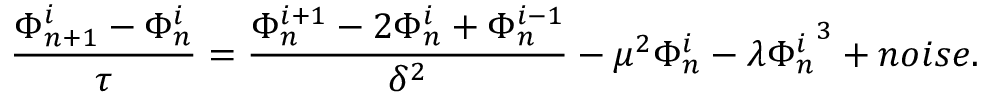
\frac { \Phi _ { n + 1 } ^ { i } - \Phi _ { n } ^ { i } } { \tau } = \frac { \Phi _ { n } ^ { i + 1 } - 2 \Phi _ { n } ^ { i } + \Phi _ { n } ^ { i - 1 } } { \delta ^ { 2 } } - \mu ^ { 2 } \Phi _ { n } ^ { i } - \lambda { \Phi _ { n } ^ { i } } ^ { 3 } + n o i s e .